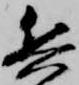
兵